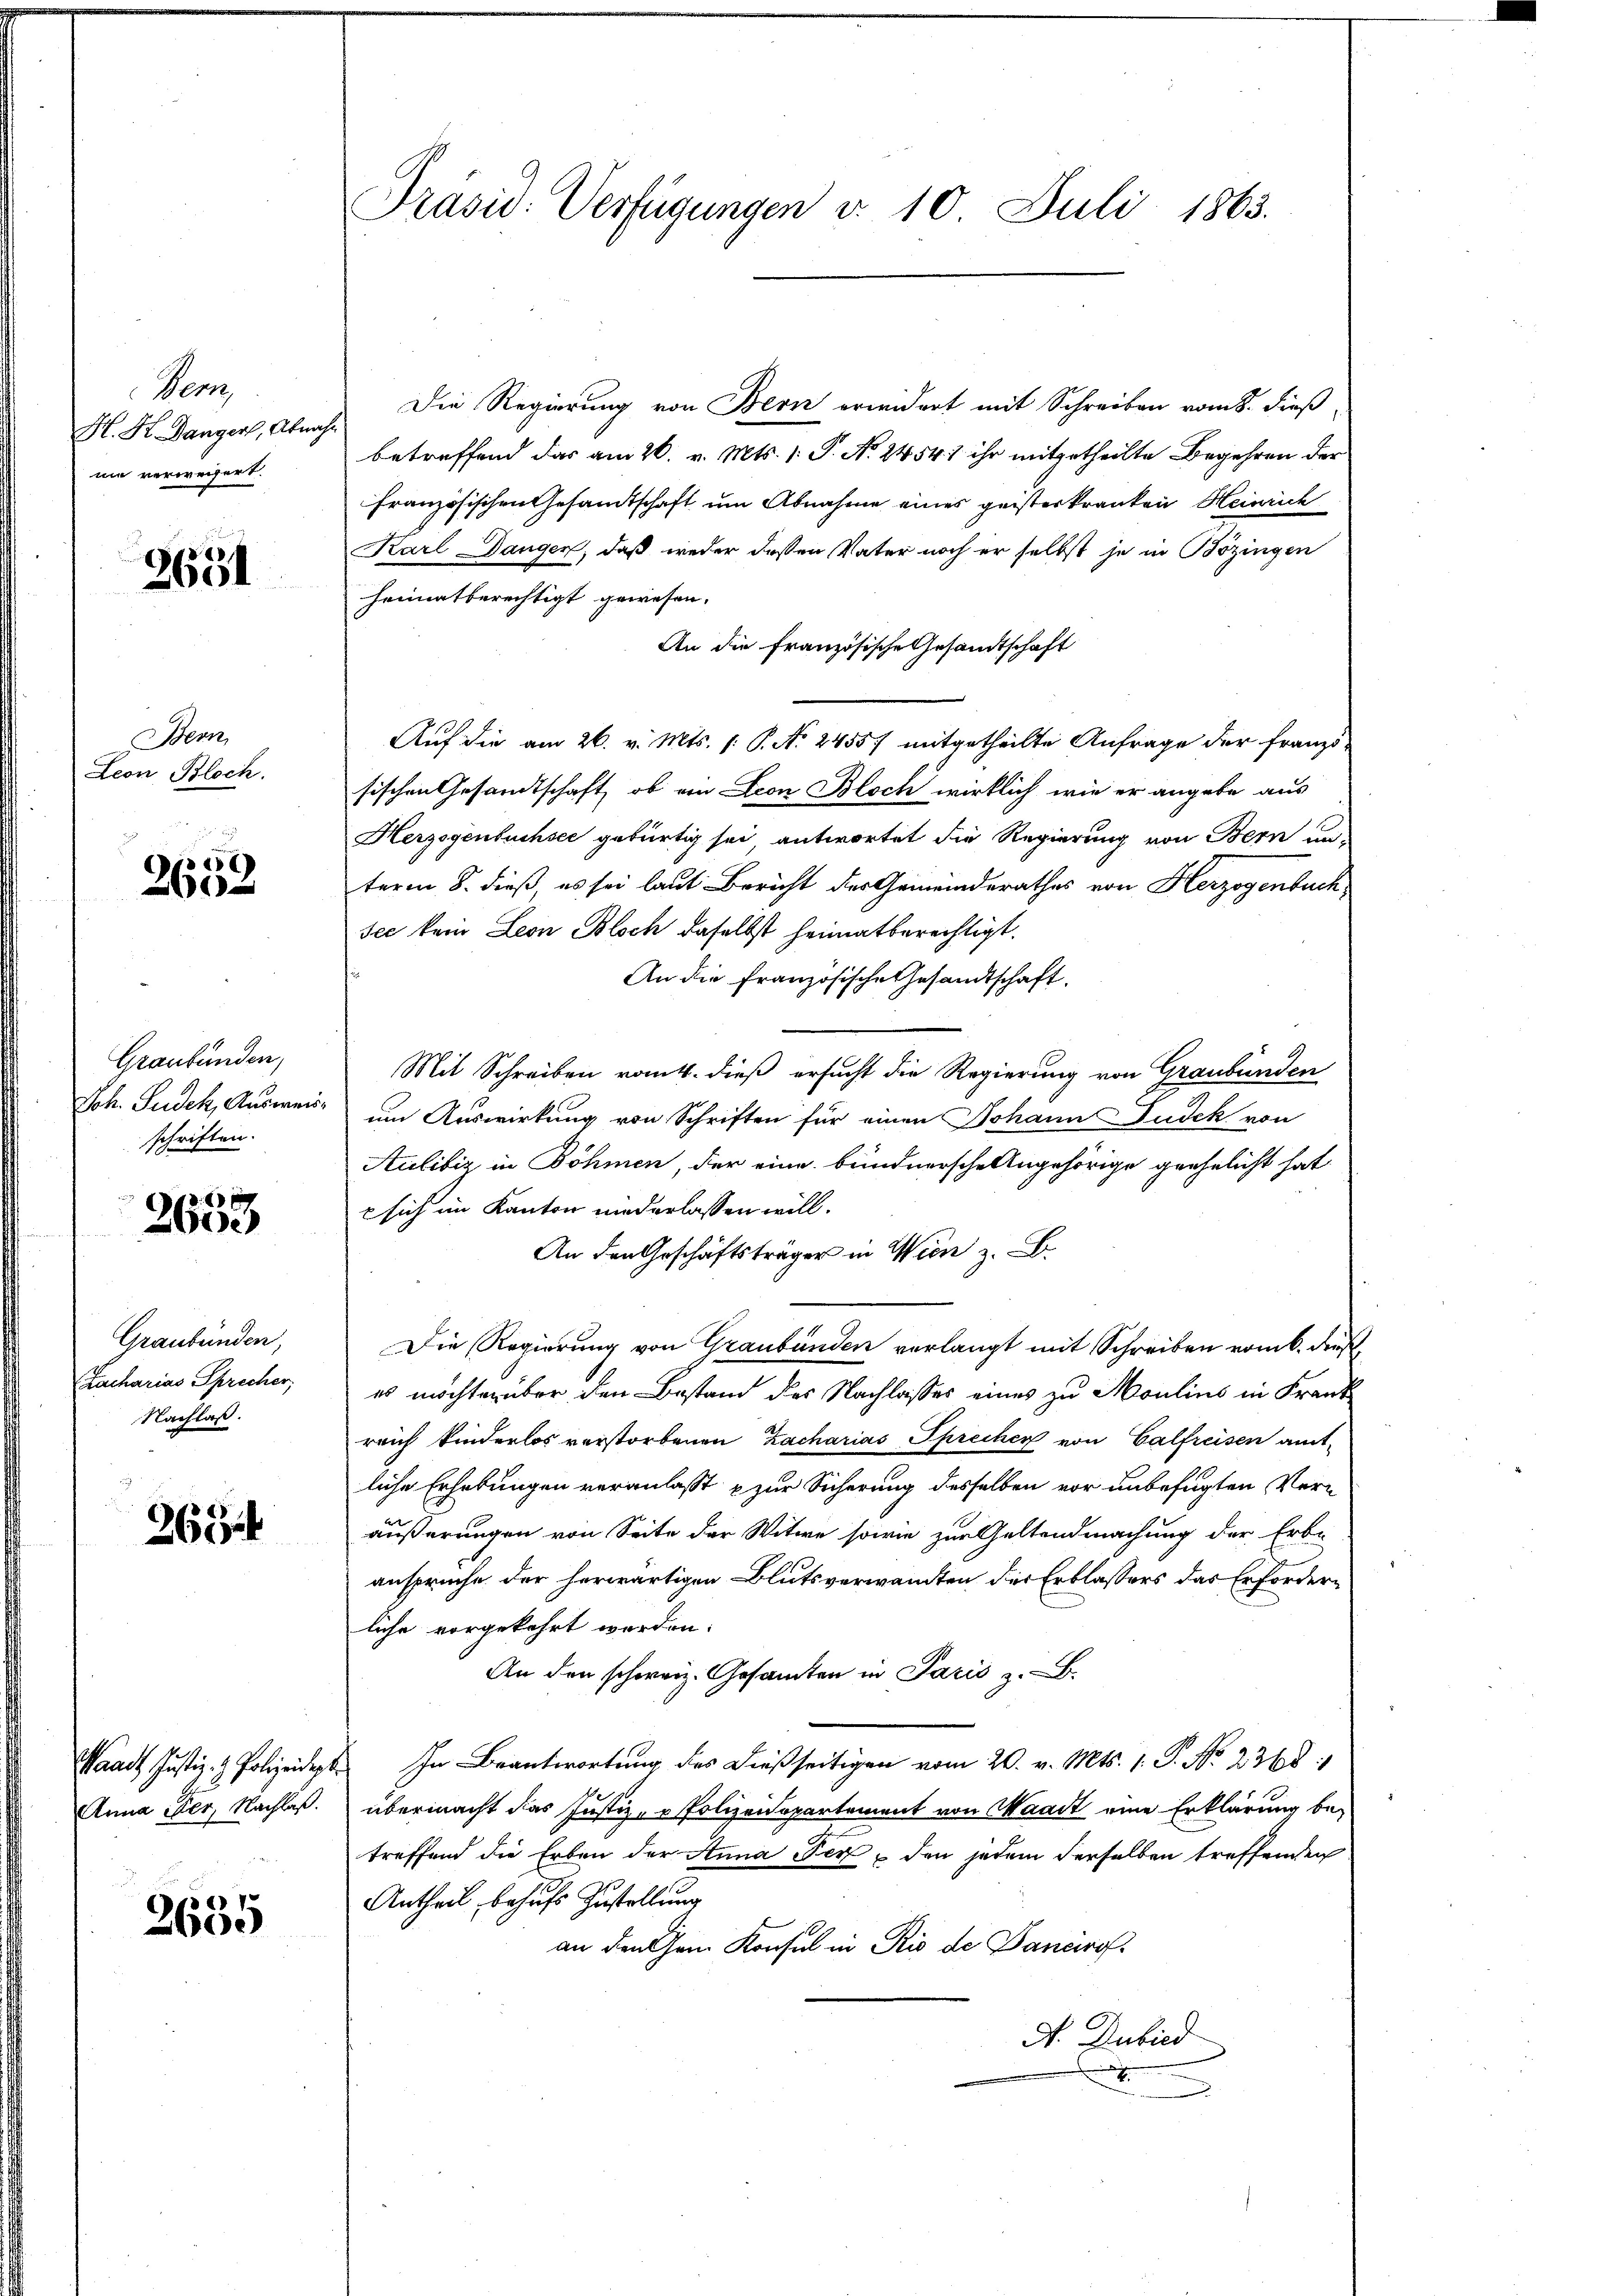
Ver
H. H. Dangers, Abnahnie verwegert.

2651

Bern
Leon Bloch.

256
260

Graubünden,
Joh. Sudek, Ausweischriften.

.
2600

Graubünden,
Zacharias Sprecher
Nachlaß.

263

Anna Eder, Nachlaß.

2685

Präsid. Verfügungen d. 10. Juli 1863.

Die Regierung von Bern erwidert mit Schreiben vom 8. dieß,
betreffend das am 26. v. Mts. 1. P. Nr. 2454) ihr mitgetheilte Begehren der
französischen Gesandtschaft um Abnahme eines geisterkranken Heinrich
Karl Dangen, daß weder deßen Vater noch er selbst je in Bözingen
heimatberechtigt gewesen.
An die französische Gesandtschaft
Auf die am 26. v. Mts. (: P. N. 24557 mitgetheilte Anfrage der Französischen Gesandtschaft, ob ein Leon Bloch wirklich, wie er angebe aus
Herzogenbuchsee gebürtig sei antwortet die Regierung von Bern un-
term 8. dieß, es sei laut Bericht der Gemeinderathes von Herzogenbuch,
see kein Leon Bloch daselbst heimatberechtigt.
An die französische Gesandtschaft.
Mit Schreiben romtl. dieß ersucht die Regierung von Graubünden
um Auswirkung von Schriften für einen Johann Pudek von
Aulibig in Böhmen, der eine bundnersche Angehörige geehelicht hat.
 sich im Kanton niederlassen will.
An den Geschäftsträger in Wien z. B.
Die Regierung von Graubünden verlangt mit Schreiben vom 6. dieß
es möchten über den Bestand des Nachlasses eines zu Moulins in Frank
reich kinderlos verstorbenen Zacharias Sprecher von Calfreisen amtliche Erhebungen veranlasst u zur Sicherung desselben vor unbefugten Veräußerungen von Seite der Witwe sowie zur Geltendmachung der Erb-
anspruche der herwärtigen Blutsverwandten des Erblassers das Erforderliche vorgekehrt werden.
An den schweiz. Gesamten in Paris z.
Waadt Justiz- & Polizeidet. In Beantwortung des dießseitigen vom 20. v. Mts. 1. P. Nr. 2368:
übermacht das Justiz- & Polizeidepartement von Waadt eine Erklärung betreffend die Erben der Anna Ferden jedem derselben treffenden
Antheil, behufs Zustellung
an den Gem Konsul in Rio de Danciro
A. Dubied